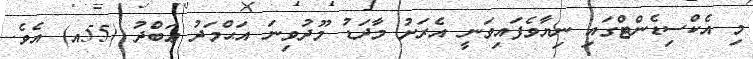
މި އެކްސިޑެންޓްގައި ނިޔާވެފައިވަނީ އެރަށު މާދަޑު މޫދުވިނަ އަޙްމަދު ޢަބްދު (55އ) އެވެ.